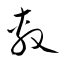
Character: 敷